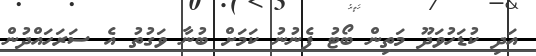
އަދި ކުޑަހުވަދޫ މަތިން ބޯޓު ފެނުނު ކަމަށް ބުނާ ވަގުތު އެ ސަރަހައްދުން